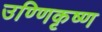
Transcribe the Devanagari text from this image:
उण्णिकृष्ण